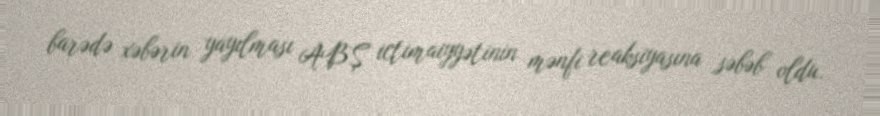
barədə xəbərin yayılması ABŞ ictimaiyyətinin mənfi reaksiyasına səbəb oldu.